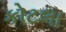
કોટલા